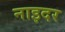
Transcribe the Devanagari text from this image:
नाइदर